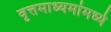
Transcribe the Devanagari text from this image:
वृत्तमाध्यमांमध्ये